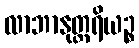
လာဘာနုတ္တရိယဉ္စ